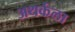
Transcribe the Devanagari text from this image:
अथर्कला